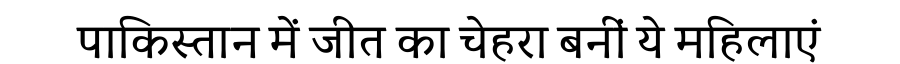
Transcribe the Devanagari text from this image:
पाकिस्तान में जीत का चेहरा बनीं ये महिलाएं